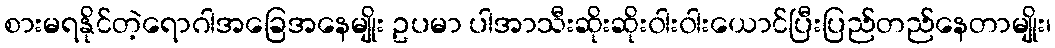
စားမရနိုင်တဲ့ရောဂါအခြေအနေမျိုး ဥပမာ ပါအာသီးဆိုးဆိုး၀ါး၀ါးယောင်ပြီးပြည်တည်နေတာမျိုး၊